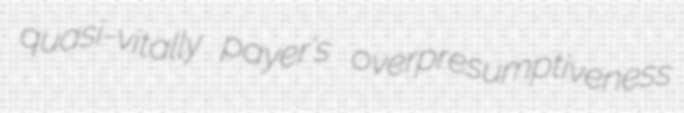
quasi-vitally payer's overpresumptiveness